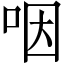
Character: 咽